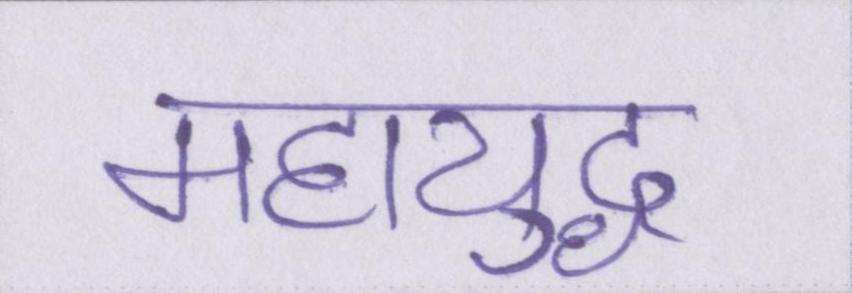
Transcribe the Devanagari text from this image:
महायुद्ध